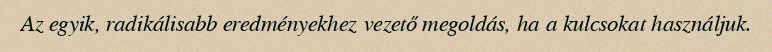
Az egyik, radikálisabb eredményekhez vezető megoldás, ha a kulcsokat használjuk.